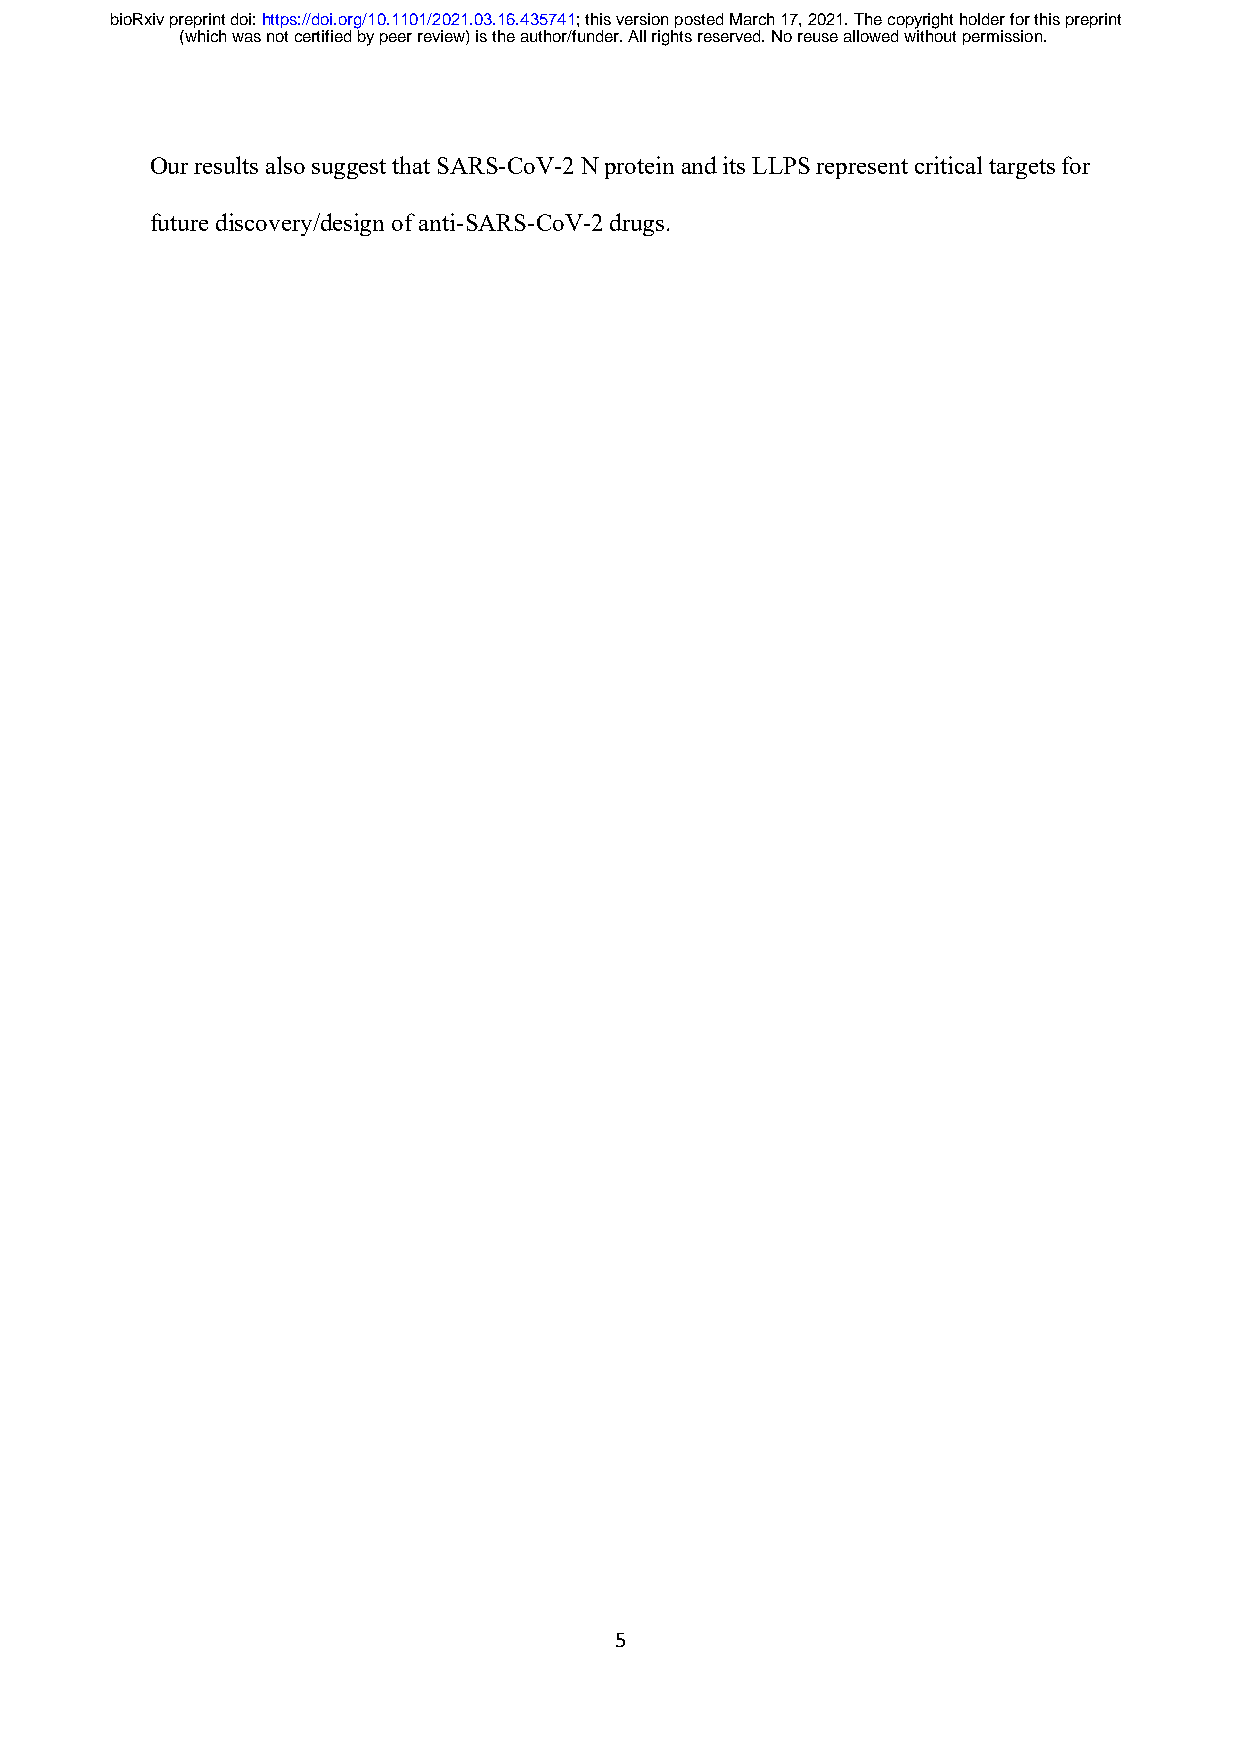
bioRxiv preprint doi: https://doi.org/10.1101/2021.03.16.435741; this version posted March 17, 2021. The copyright holder for this preprint
 (which was not certified by peer review) is the author/funder. All rights reserved. No reuse allowed without permission.
 Our results also suggest that SARS-CoV-2 N protein and its LLPS represent critical targets for
 future discovery/design of anti-SARS-CoV-2 drugs.
 5